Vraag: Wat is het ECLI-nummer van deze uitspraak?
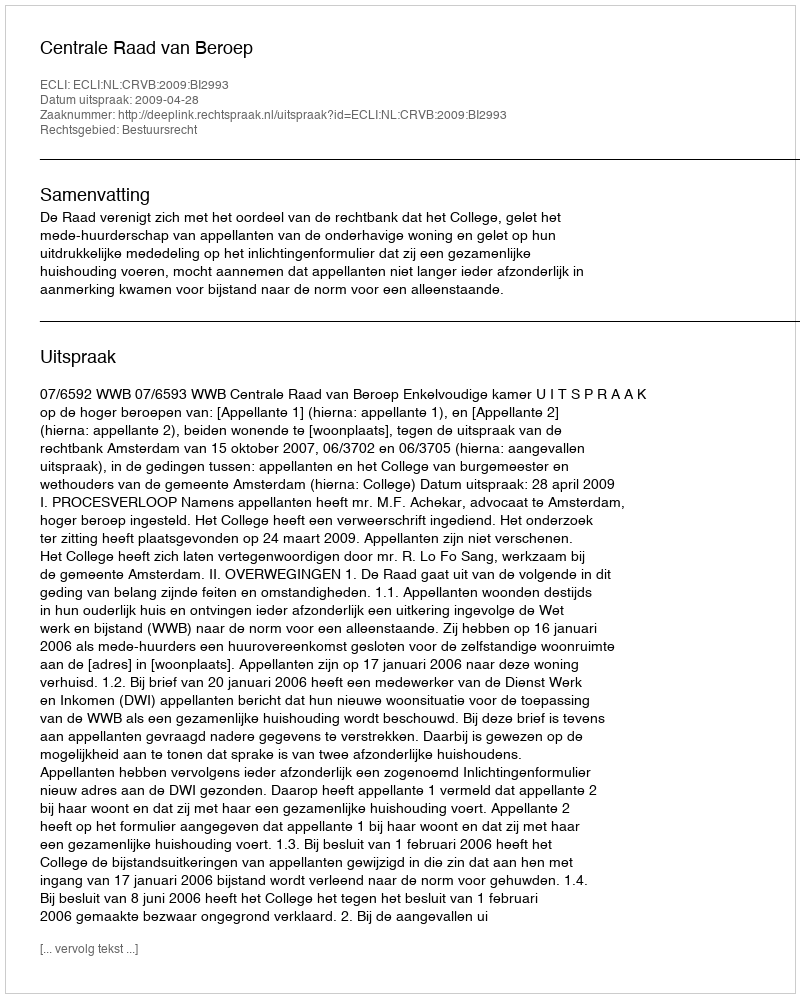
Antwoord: ECLI:NL:CRVB:2009:BI2993